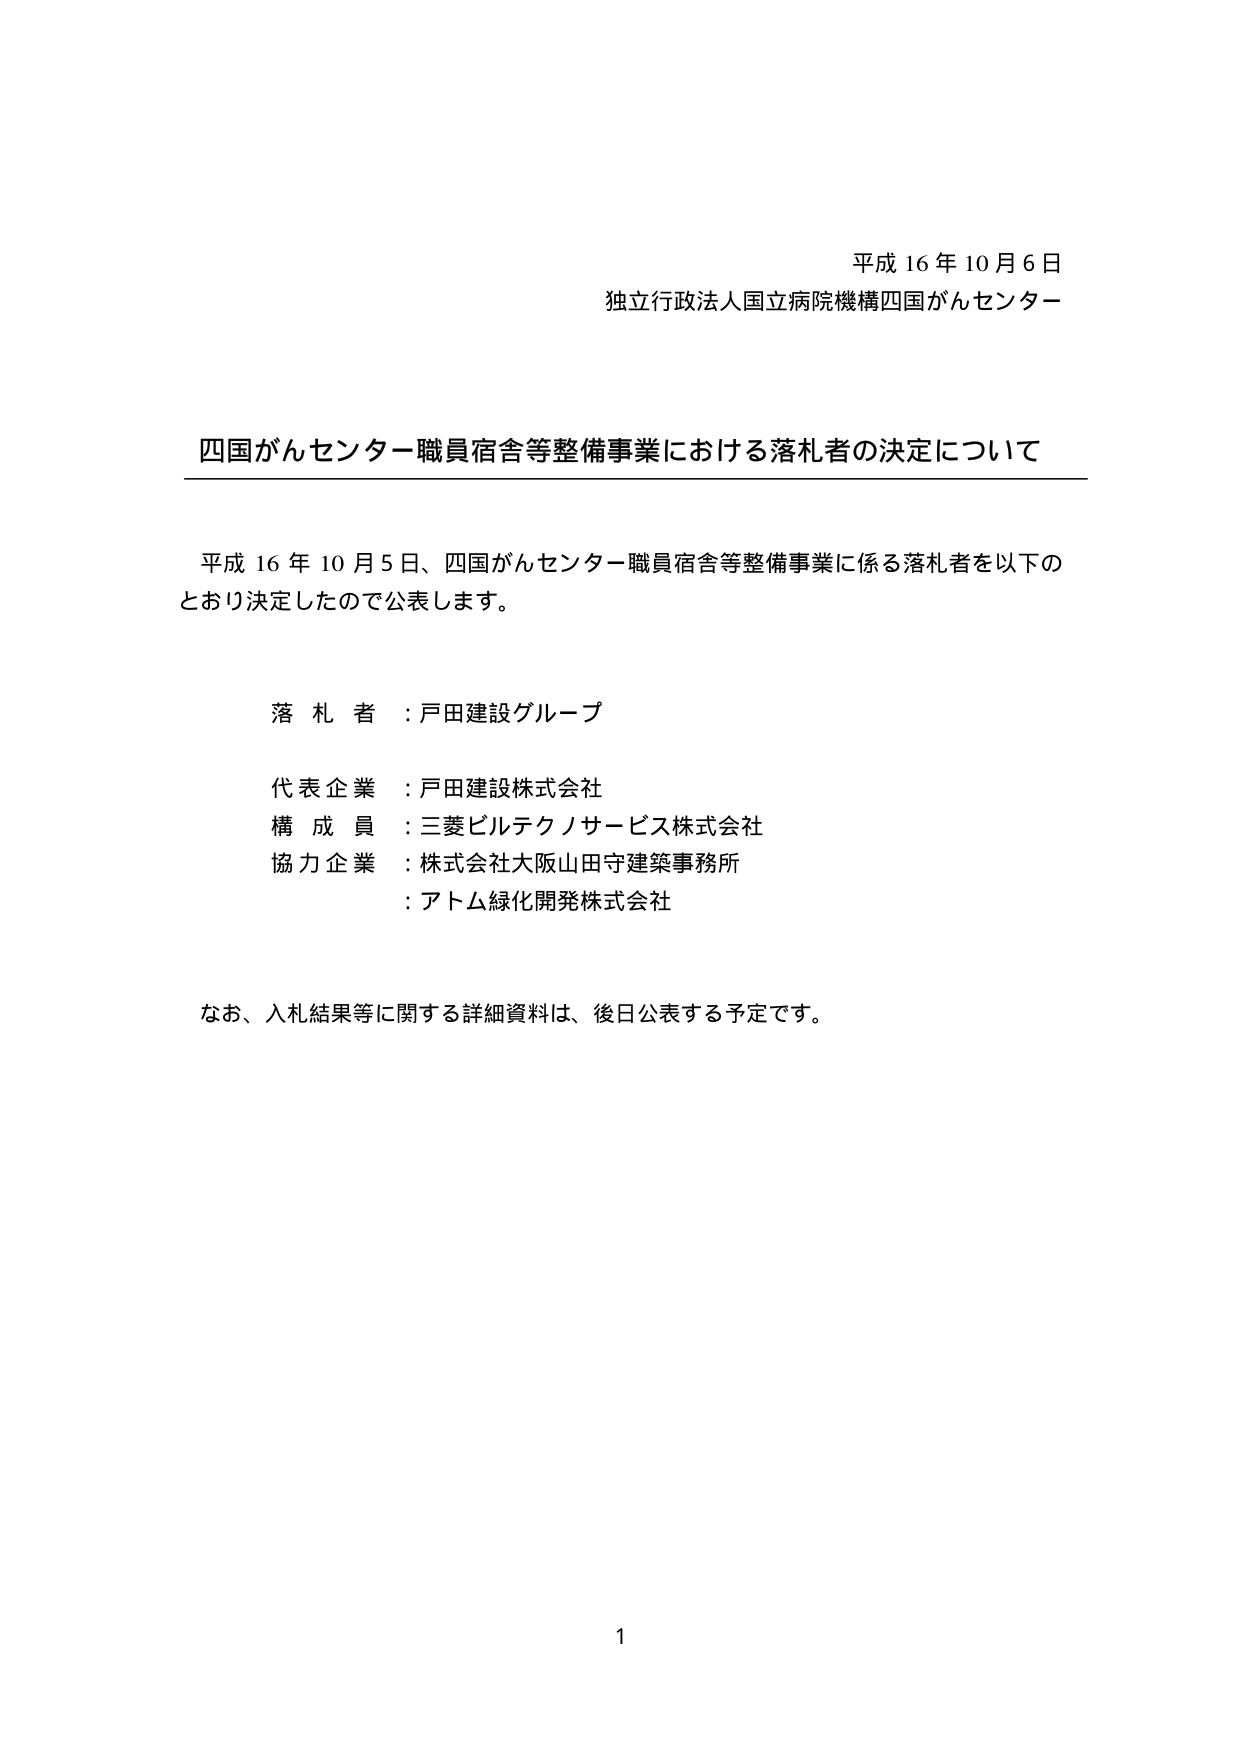
平成16年10月6日
独立行政法人国立病院機構四国がんセンター

四国がんセンター職員宿舎等整備事業における落札者の決定について

平成16年10月5日、四国がんセンター職員宿舎等整備事業に係る落札者を以下のとおり決定したので公表します。

落札者：戸田建設グループ
代表企業：戸田建設株式会社
構成員：三菱ビルテクノサービス株式会社
協力企業：株式会社大阪山田守建築事務所
　　　　：アトム緑化開発株式会社

なお、入札結果等に関する詳細資料は、後日公表する予定です。

1